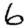
Digit: 6